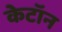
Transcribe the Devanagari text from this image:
केटॉन